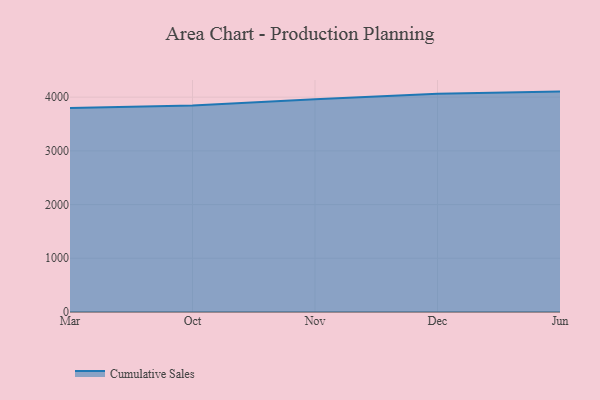
{"axis": {"x": "Month", "y": "Shipments"}, "legend": ["Cumulative Sales"], "data": [{"x": "Mar", "y": 3797.3, "type": "Cumulative Sales"}, {"x": "Oct", "y": 3845.8, "type": "Cumulative Sales"}, {"x": "Nov", "y": 3962.0, "type": "Cumulative Sales"}, {"x": "Dec", "y": 4063.9, "type": "Cumulative Sales"}, {"x": "Jun", "y": 4102.5, "type": "Cumulative Sales"}]}